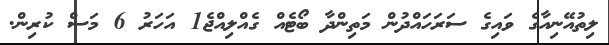
ލިތުއޭނިއާގެ ވައިގެ ސަރަހައްދުން މަތިންދާ ބޯޓެއް ގެއްލިއްޖެ1 އަހަރު 6 މަސް ކުރިން.